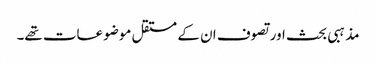
مذہبی بحث اور تصوف ان کے مستقل موضوعات تھے۔